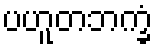
ပဟူတဘက္ခံ